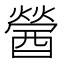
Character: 醟